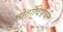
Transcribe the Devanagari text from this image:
स्रोतांविषयी